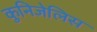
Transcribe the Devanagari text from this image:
कुनिजेलिस